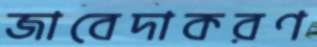
জাবেদাকরণ